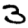
Digit: 3